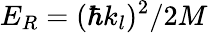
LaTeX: E_{R}=(\hbar k_{l})^{2}/2M